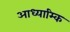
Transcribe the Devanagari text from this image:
आध्याम्कि